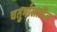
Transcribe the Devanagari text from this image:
चतुर्मासातील